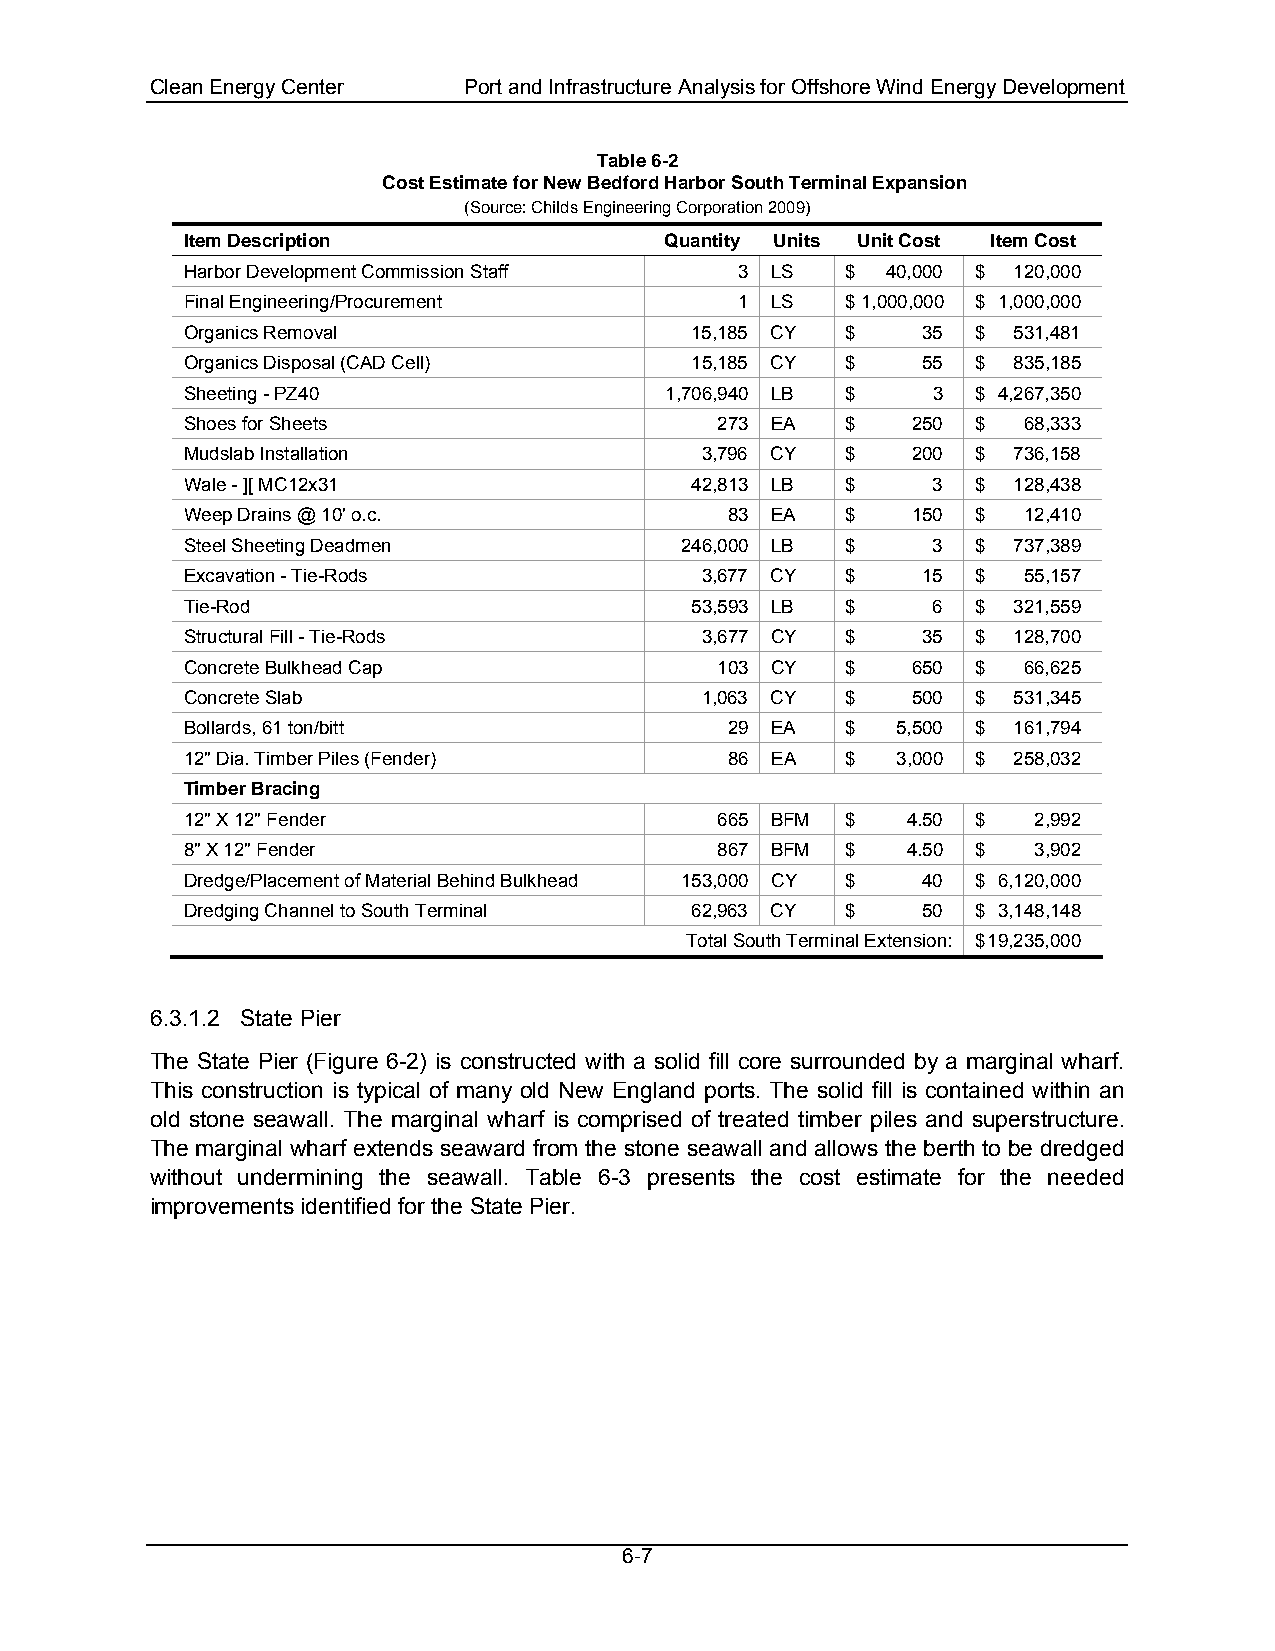
Clean Energy Center  Port and Infrastructure Analysis for Offshore Wind Energy Development
 Table 6-2
 Cost Estimate for New Bedford Harbor South Terminal Expansion
 (Source: Childs Engineering Corporation 2009)
 Item Description                Quantity Units Unit Cost Item Cost
 Harbor Development Commission Staff  3 LS   $  40,000 $ 120,000
 Final Engineering/Procurement        1 LS   $ 1,000,000 $ 1,000,000
 Organics Removal                  15,185 CY $    35  $ 531,481
 Organics Disposal (CAD Cell)      15,185 CY $    55  $ 835,185
 Sheeting - PZ40                 1,706,940 LB $    3  $ 4,267,350
 Shoes for Sheets                   273 EA   $   250  $  68,333
 Mudslab Installation              3,796 CY  $   200  $ 736,158
 Wale - ][ MC12x31                 42,813 LB $     3  $ 128,438
 Weep Drains @ 10' o.c.              83 EA   $   150  $  12,410
 Steel Sheeting Deadmen           246,000 LB $     3  $ 737,389
 Excavation - Tie-Rods             3,677 CY  $    15  $  55,157
 Tie-Rod                           53,593 LB $     6  $ 321,559
 Structural Fill - Tie-Rods        3,677 CY  $    35  $ 128,700
 Concrete Bulkhead Cap              103 CY   $   650  $  66,625
 Concrete Slab                     1,063 CY  $   500  $ 531,345
 Bollards, 61 ton/bitt               29 EA   $  5,500 $ 161,794
 12" Dia. Timber Piles (Fender)      86 EA   $  3,000 $ 258,032
 Timber Bracing
 12" X 12" Fender                   665 BFM  $   4.50 $  2,992
 8" X 12" Fender                     867 BFM $   4.50 $  3,902
 Dredge/Placement of Material Behind Bulkhead 153,000 CY $ 40 $ 6,120,000
 Dredging Channel to South Terminal 62,963 CY $   50  $ 3,148,148
 Total South Terminal Extension: $ 19,235,000
 6.3.1.2 State Pier
 The State Pier (Figure 6-2) is constructed with a solid fill core surrounded by a marginal wharf.
 This construction is typical of many old New England ports. The solid fill is contained within an
 old stone seawall. The marginal wharf is comprised of treated timber piles and superstructure.
 The marginal wharf extends seaward from the stone seawall and allows the berth to be dredged
 without undermining the seawall. Table 6-3 presents the cost estimate for the needed
 improvements identified for the State Pier.
 6-7